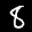
Label: 8